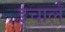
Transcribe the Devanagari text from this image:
इचार्लं